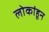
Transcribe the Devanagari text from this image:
लोकांहून